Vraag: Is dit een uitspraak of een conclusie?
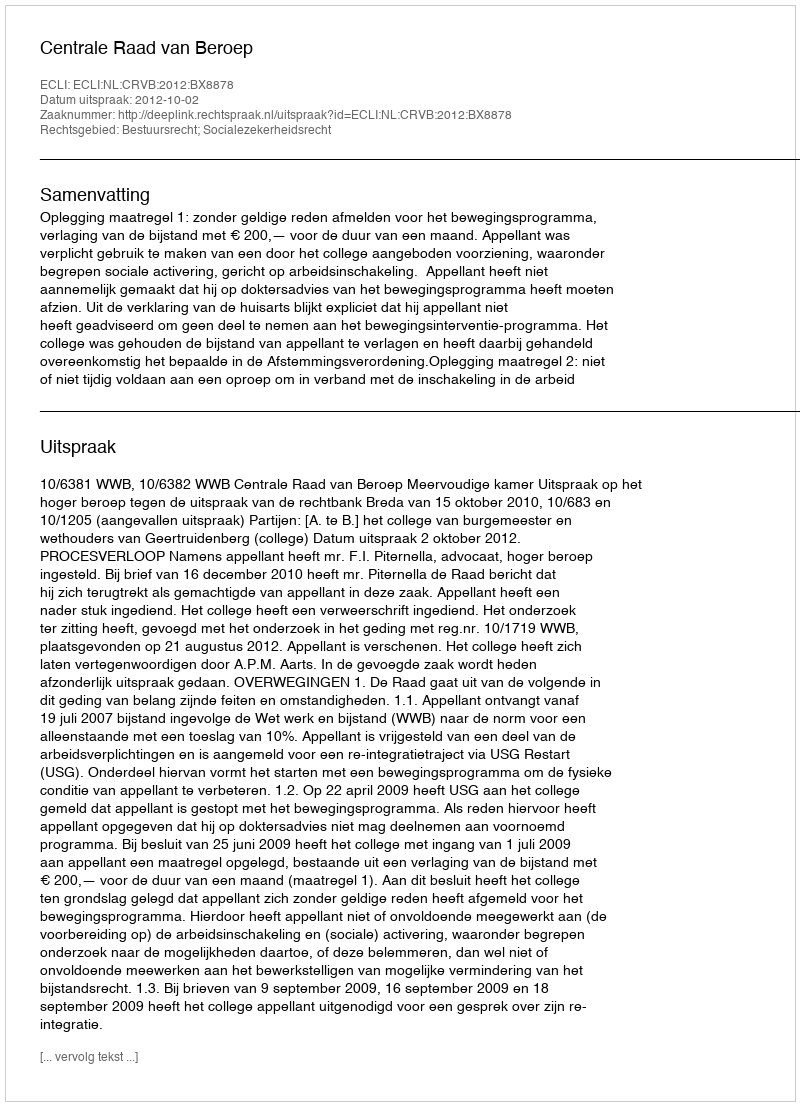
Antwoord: Uitspraak